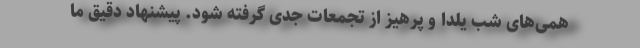
همی‌های شب یلدا و پرهیز از تجمعات جدی گرفته شود. پیشنهاد دقیق ما